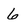
Character: 6